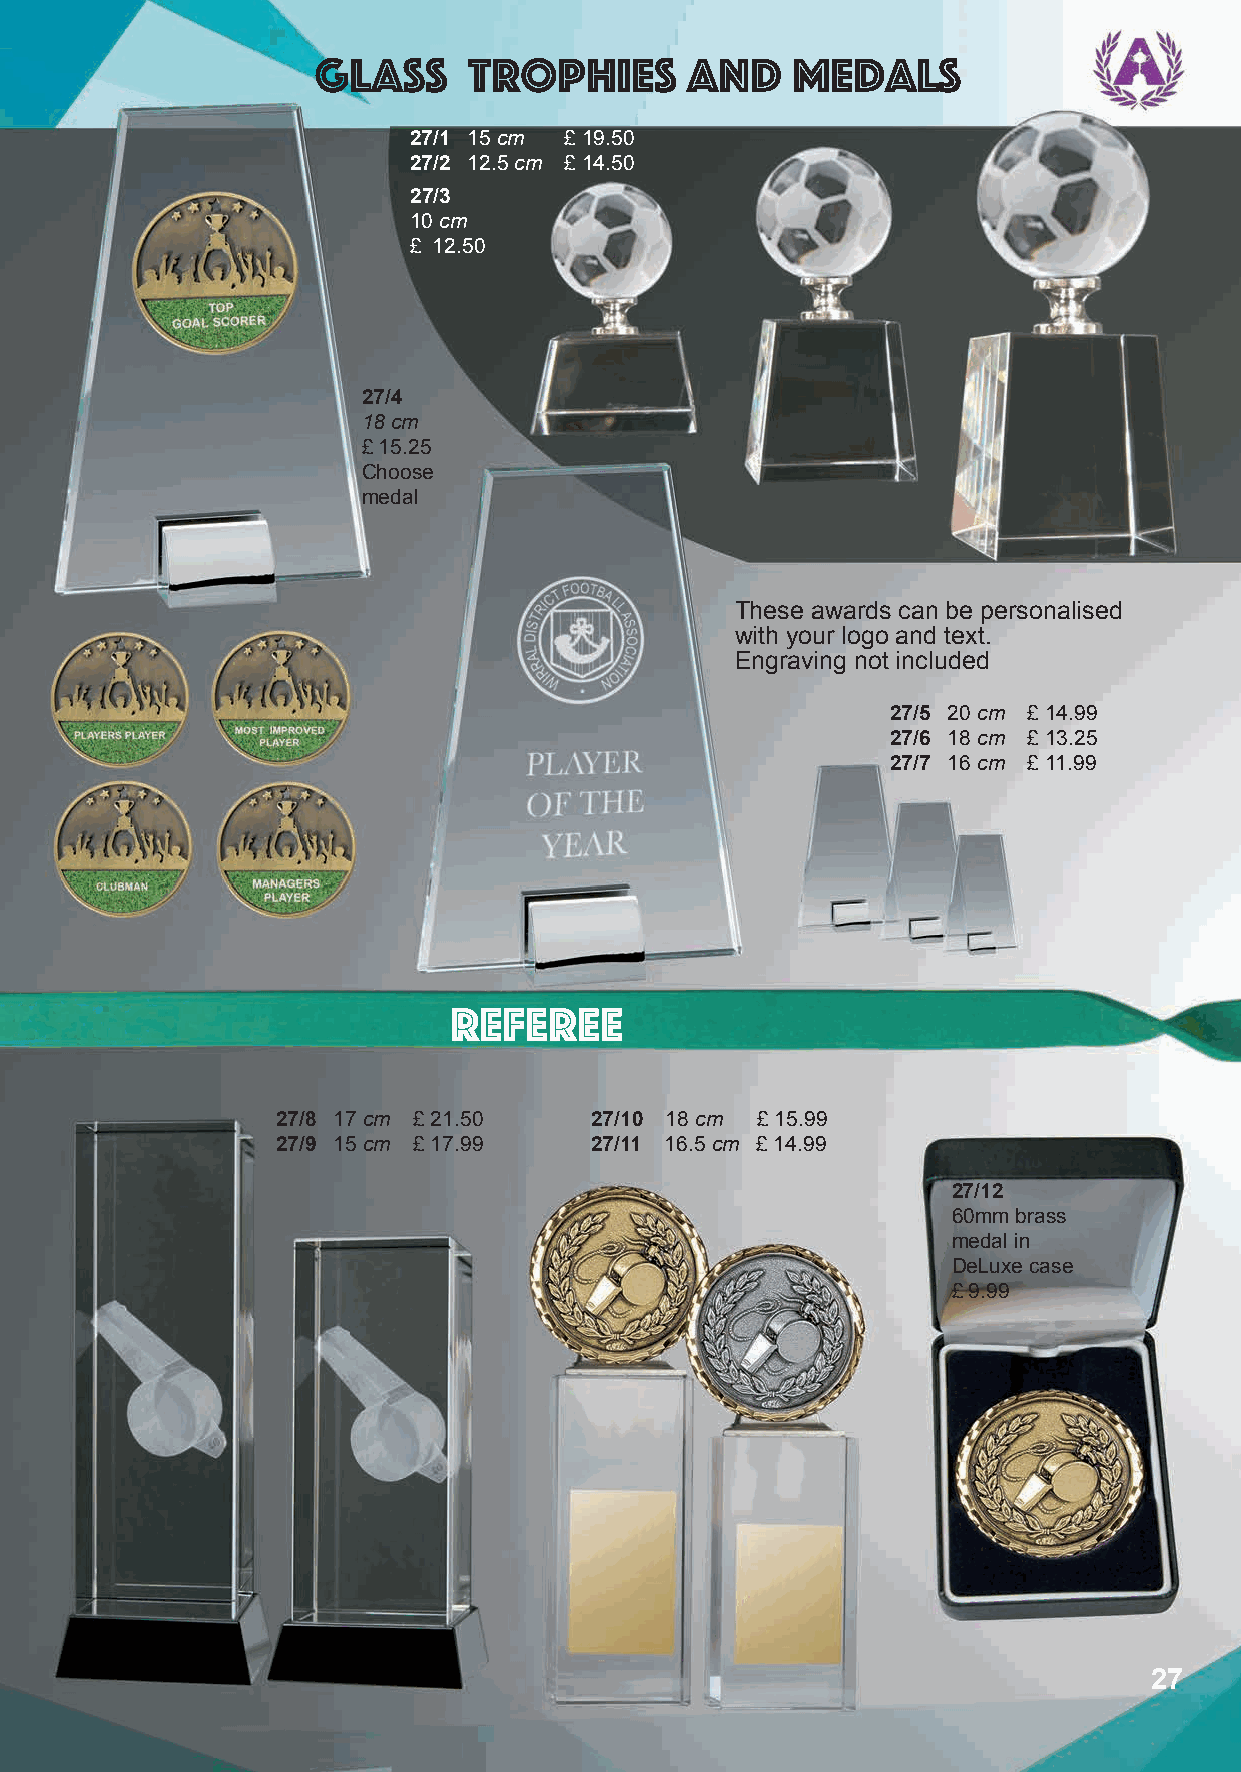
glass     trophies      and    medals
 27/1 15 cm £ 19.50
 27/2 12.5 cm £ 14.50
 27/3
 10 cm
 £ 12.50
 27/4
 18 cm
 £ 15.25
 Choose
 medal
 These awards can be personalised
 with your logo and text.
 Engraving not included
 27/5 20 cm £ 14.99
 27/6 18 cm £ 13.25
 27/7 16 cm £ 11.99
 Referee
 27/8 17 cm £ 21.50   27/10 18 cm £ 15.99
 27/9 15 cm £ 17.99   27/11 16.5 cm £ 14.99
 27/12
 60mm brass
 medal in
 DeLuxe case
 £ 9.99
 27